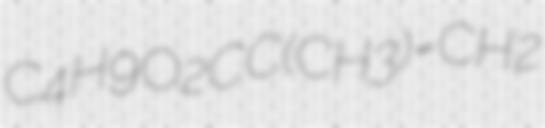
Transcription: C4H9O2CC(CH3)=CH2